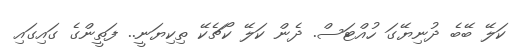
ކަލޭ ބޭބެ ދުނިޔޭގަ ހުއްޓަސް. ދެން ކަލޭ ކޯޗެކޭ ތިކިޔަނީ.. ފަތީންގެ ގައިގައި